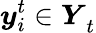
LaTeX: {\boldsymbol{y}_{i}^{t}\in\boldsymbol{Y}}_{t}